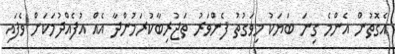
އެގޮތުން އެންމެ ގިނަ ބަޔަކު މިވަގުތު ފެންވަރު ތަޖުރިބާކުރަމުންދާ އެއް އުފެއްދުމަކަށް ވެފައި